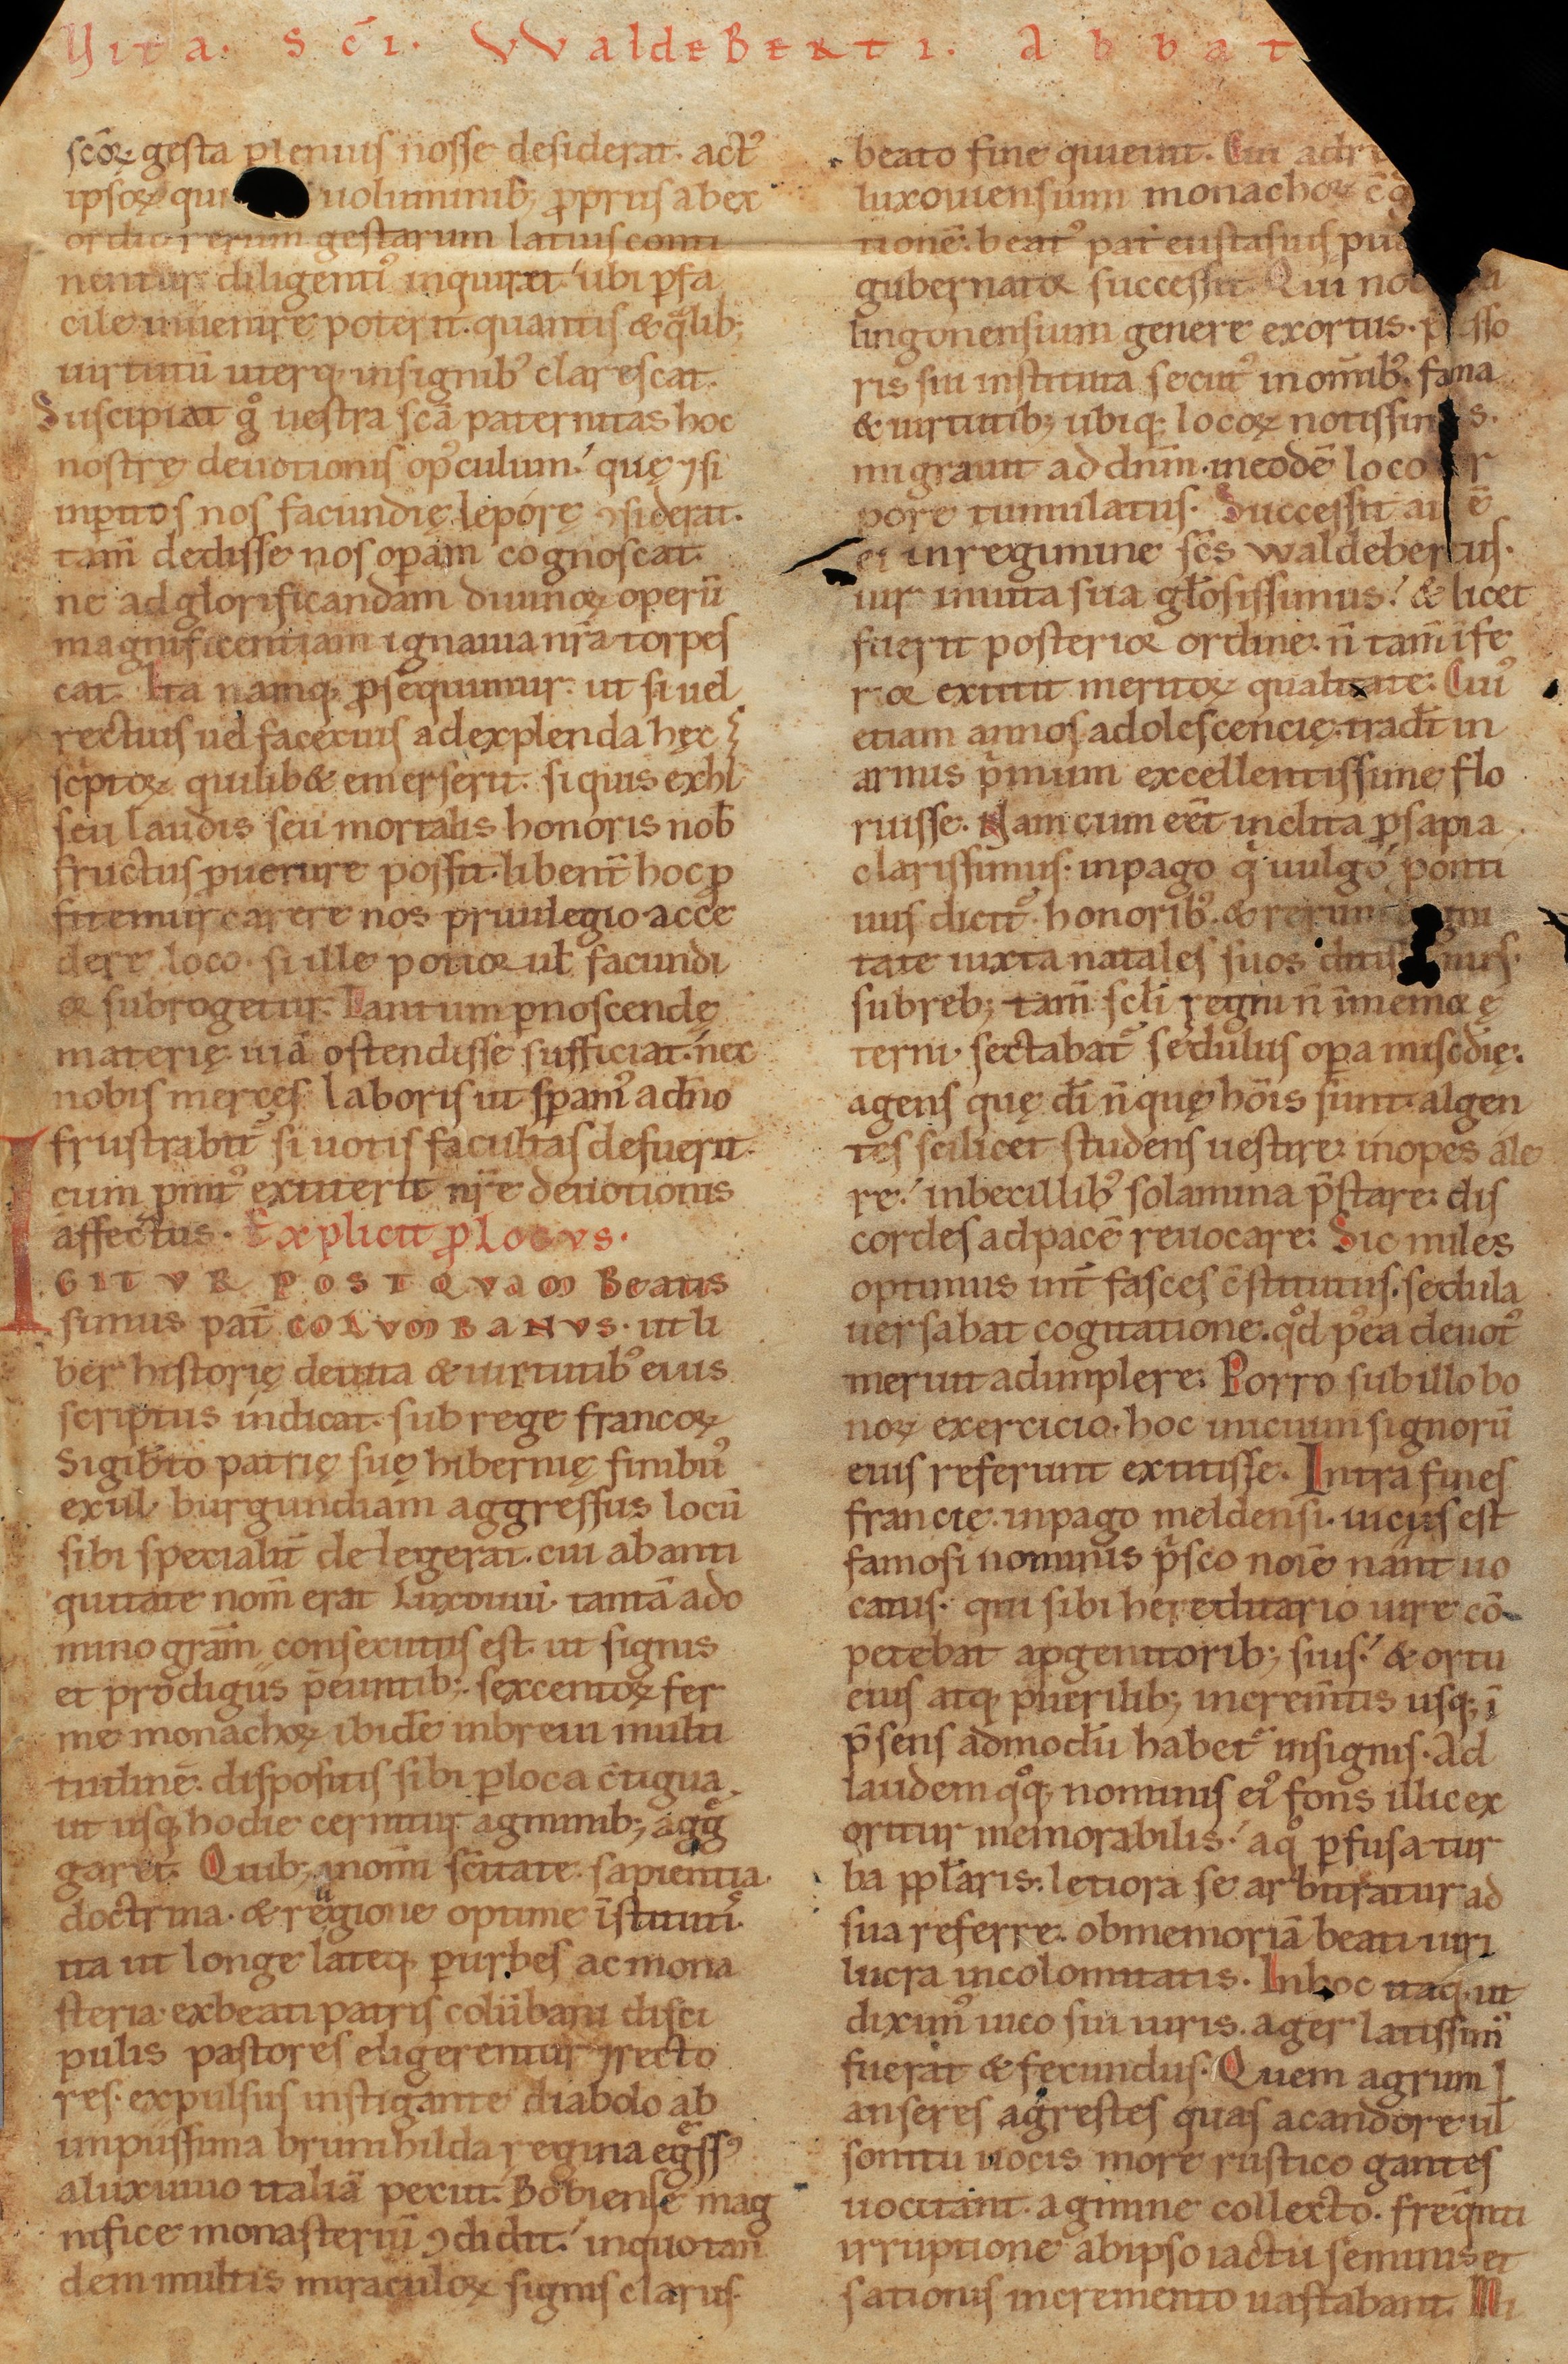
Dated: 1140–1170